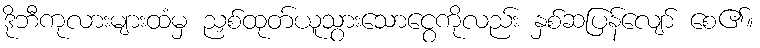
ဒိုဘီကုလားများထံမှ ညှစ်ထုတ်ယူသွားသောငွေကိုလည်း နှစ်ဆပြန်လျော် စေ၏။